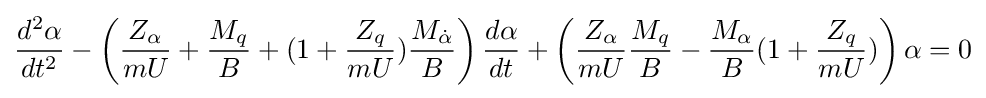
{\frac {d^{2}\alpha }{dt^{2}}}-\left({\frac {Z_{\alpha }}{mU}}+{\frac {M_{q}}{B}}+(1+{\frac {Z_{q}}{mU}}){\frac {M_{\dot {\alpha }}}{B}}\right){\frac {d\alpha }{dt}}+\left({\frac {Z_{\alpha }}{mU}}{\frac {M_{q}}{B}}-{\frac {M_{\alpha }}{B}}(1+{\frac {Z_{q}}{mU}})\right)\alpha =0